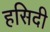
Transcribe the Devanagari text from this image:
हसिदी